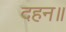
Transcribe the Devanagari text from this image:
दहन॥